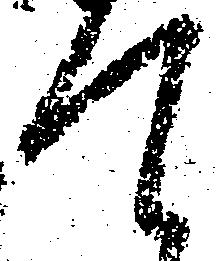
て